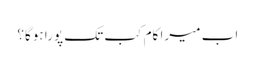
اب میرا کام کب تک پورا ہوگا؟